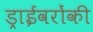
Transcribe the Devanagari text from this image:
ड्राईवरोंकी